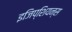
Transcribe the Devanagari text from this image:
इजिप्शियन्स